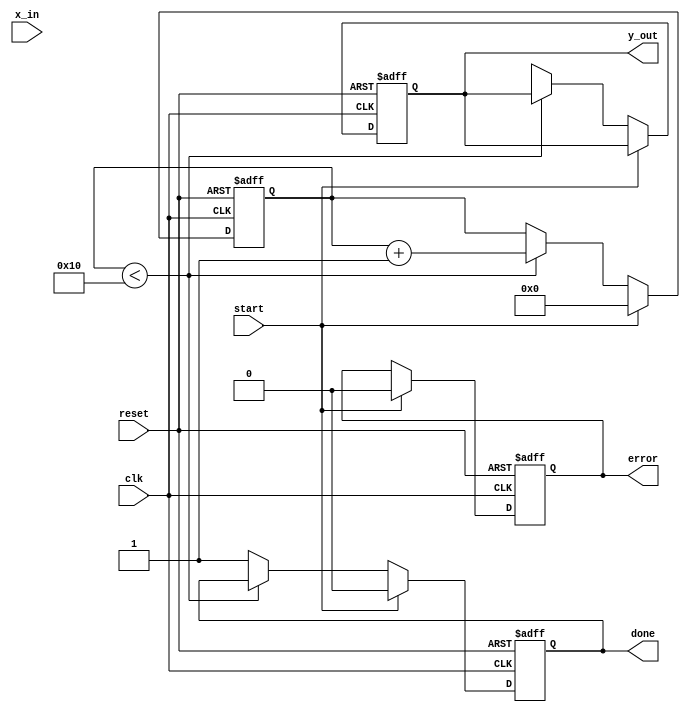
module cordic_exponential #(
    parameter DATA_WIDTH = 16,  // Input and output data width
    parameter ITERATIONS = 16    // Number of iterations for CORDIC
)(
    input wire clk,
    input wire reset,
    input wire start,
    input wire [DATA_WIDTH-1:0] x_in,  // Input for exponent
    output reg [DATA_WIDTH-1:0] y_out,  // Output for exp(x)
    output reg done,                    // Calculation completion flag
    output reg error                    // Error flag
);

    // CORDIC parameters
    reg [DATA_WIDTH-1:0] x[0:ITERATIONS-1];  // X values
    reg [DATA_WIDTH-1:0] y[0:ITERATIONS-1];  // Y values
    reg [DATA_WIDTH-1:0] z[0:ITERATIONS-1];  // Z values (angle accumulation)
    reg [DATA_WIDTH-1:0] angle [0:ITERATIONS-1];  // Lookup table for angles
    reg [4:0] iteration;                     // Iteration counter

    initial begin
        // Precomputed angles for CORDIC (in fixed-point format)
        angle[0] = 16'h1C71; // atan(0.5) in fixed-point
        angle[1] = 16'h1B71; // atan(0.25) in fixed-point
        angle[2] = 16'h1A71; // atan(0.125) in fixed-point
        // Continue filling the angle table...
    end

    // Iteration control
    always @(posedge clk or posedge reset) begin
        if (reset) begin
            iteration <= 0;
            y_out <= 0;
            done <= 0;
            error <= 0;
        end else if (start) begin
            // Initialize values for CORDIC
            x[0] <= 16'h4000; // Initial x = 1.0 in fixed-point
            y[0] <= 0;       // Initial y = 0
            z[0] <= x_in;    // Set z = x_in (input exponent)
            iteration <= 0;
            done <= 0;
            error <= 0;
        end else if (iteration < ITERATIONS) begin
            // CORDIC rotation computation
            if (z[iteration] < 0) begin
                x[iteration + 1] <= x[iteration] + (y[iteration] >> iteration);
                y[iteration + 1] <= y[iteration] - (x[iteration] >> iteration);
                z[iteration + 1] <= z[iteration] + angle[iteration];
            end else begin
                x[iteration + 1] <= x[iteration] - (y[iteration] >> iteration);
                y[iteration + 1] <= y[iteration] + (x[iteration] >> iteration);
                z[iteration + 1] <= z[iteration] - angle[iteration];
            end

            iteration <= iteration + 1;
        end else begin
            // Final output computation
            y_out <= x[ITERATIONS]; // Final value of x is the output
            done <= 1;               // Indicate completion
        end
    end

endmodule